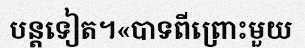
បន្តទៀត។«បាទពីព្រោះមួយ